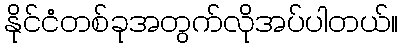
နိုင်ငံတစ်ခုအတွက်လိုအပ်ပါတယ်။